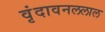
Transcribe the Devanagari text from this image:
वृंदावनललाल